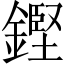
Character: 鏗